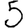
Digit: 5